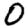
Digit: 0